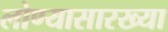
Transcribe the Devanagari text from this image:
लोण्यासारख्या